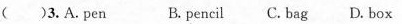
( )3.A. pen B.pencil C. bag D.box